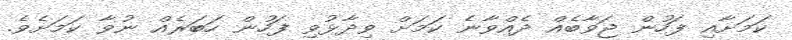
ކަމަށާއި ފަހުން ޖަވާބެއް ދެއްވާނެ ކަމަށް ވިދާޅުވި ފަހުން ހަބަރެއް ނުވާ ކަމަށެވެ.